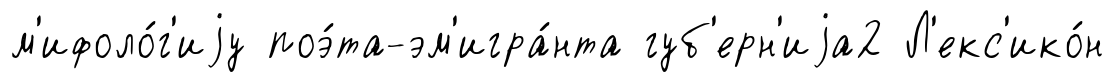
м'ифоло́г'иjу поэ́та-эм'игра́нта губ'ерн'иjа2 Л'екс'ико́н